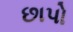
છાપો